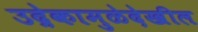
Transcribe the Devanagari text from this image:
उद्रेकामुळेदेखील